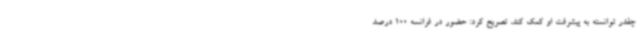
چقدر توانسته به پیشرفت او کمک کند، تصریح کرد: حضور در فرانسه 100 درصد